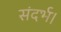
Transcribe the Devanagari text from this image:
संदर्भ।